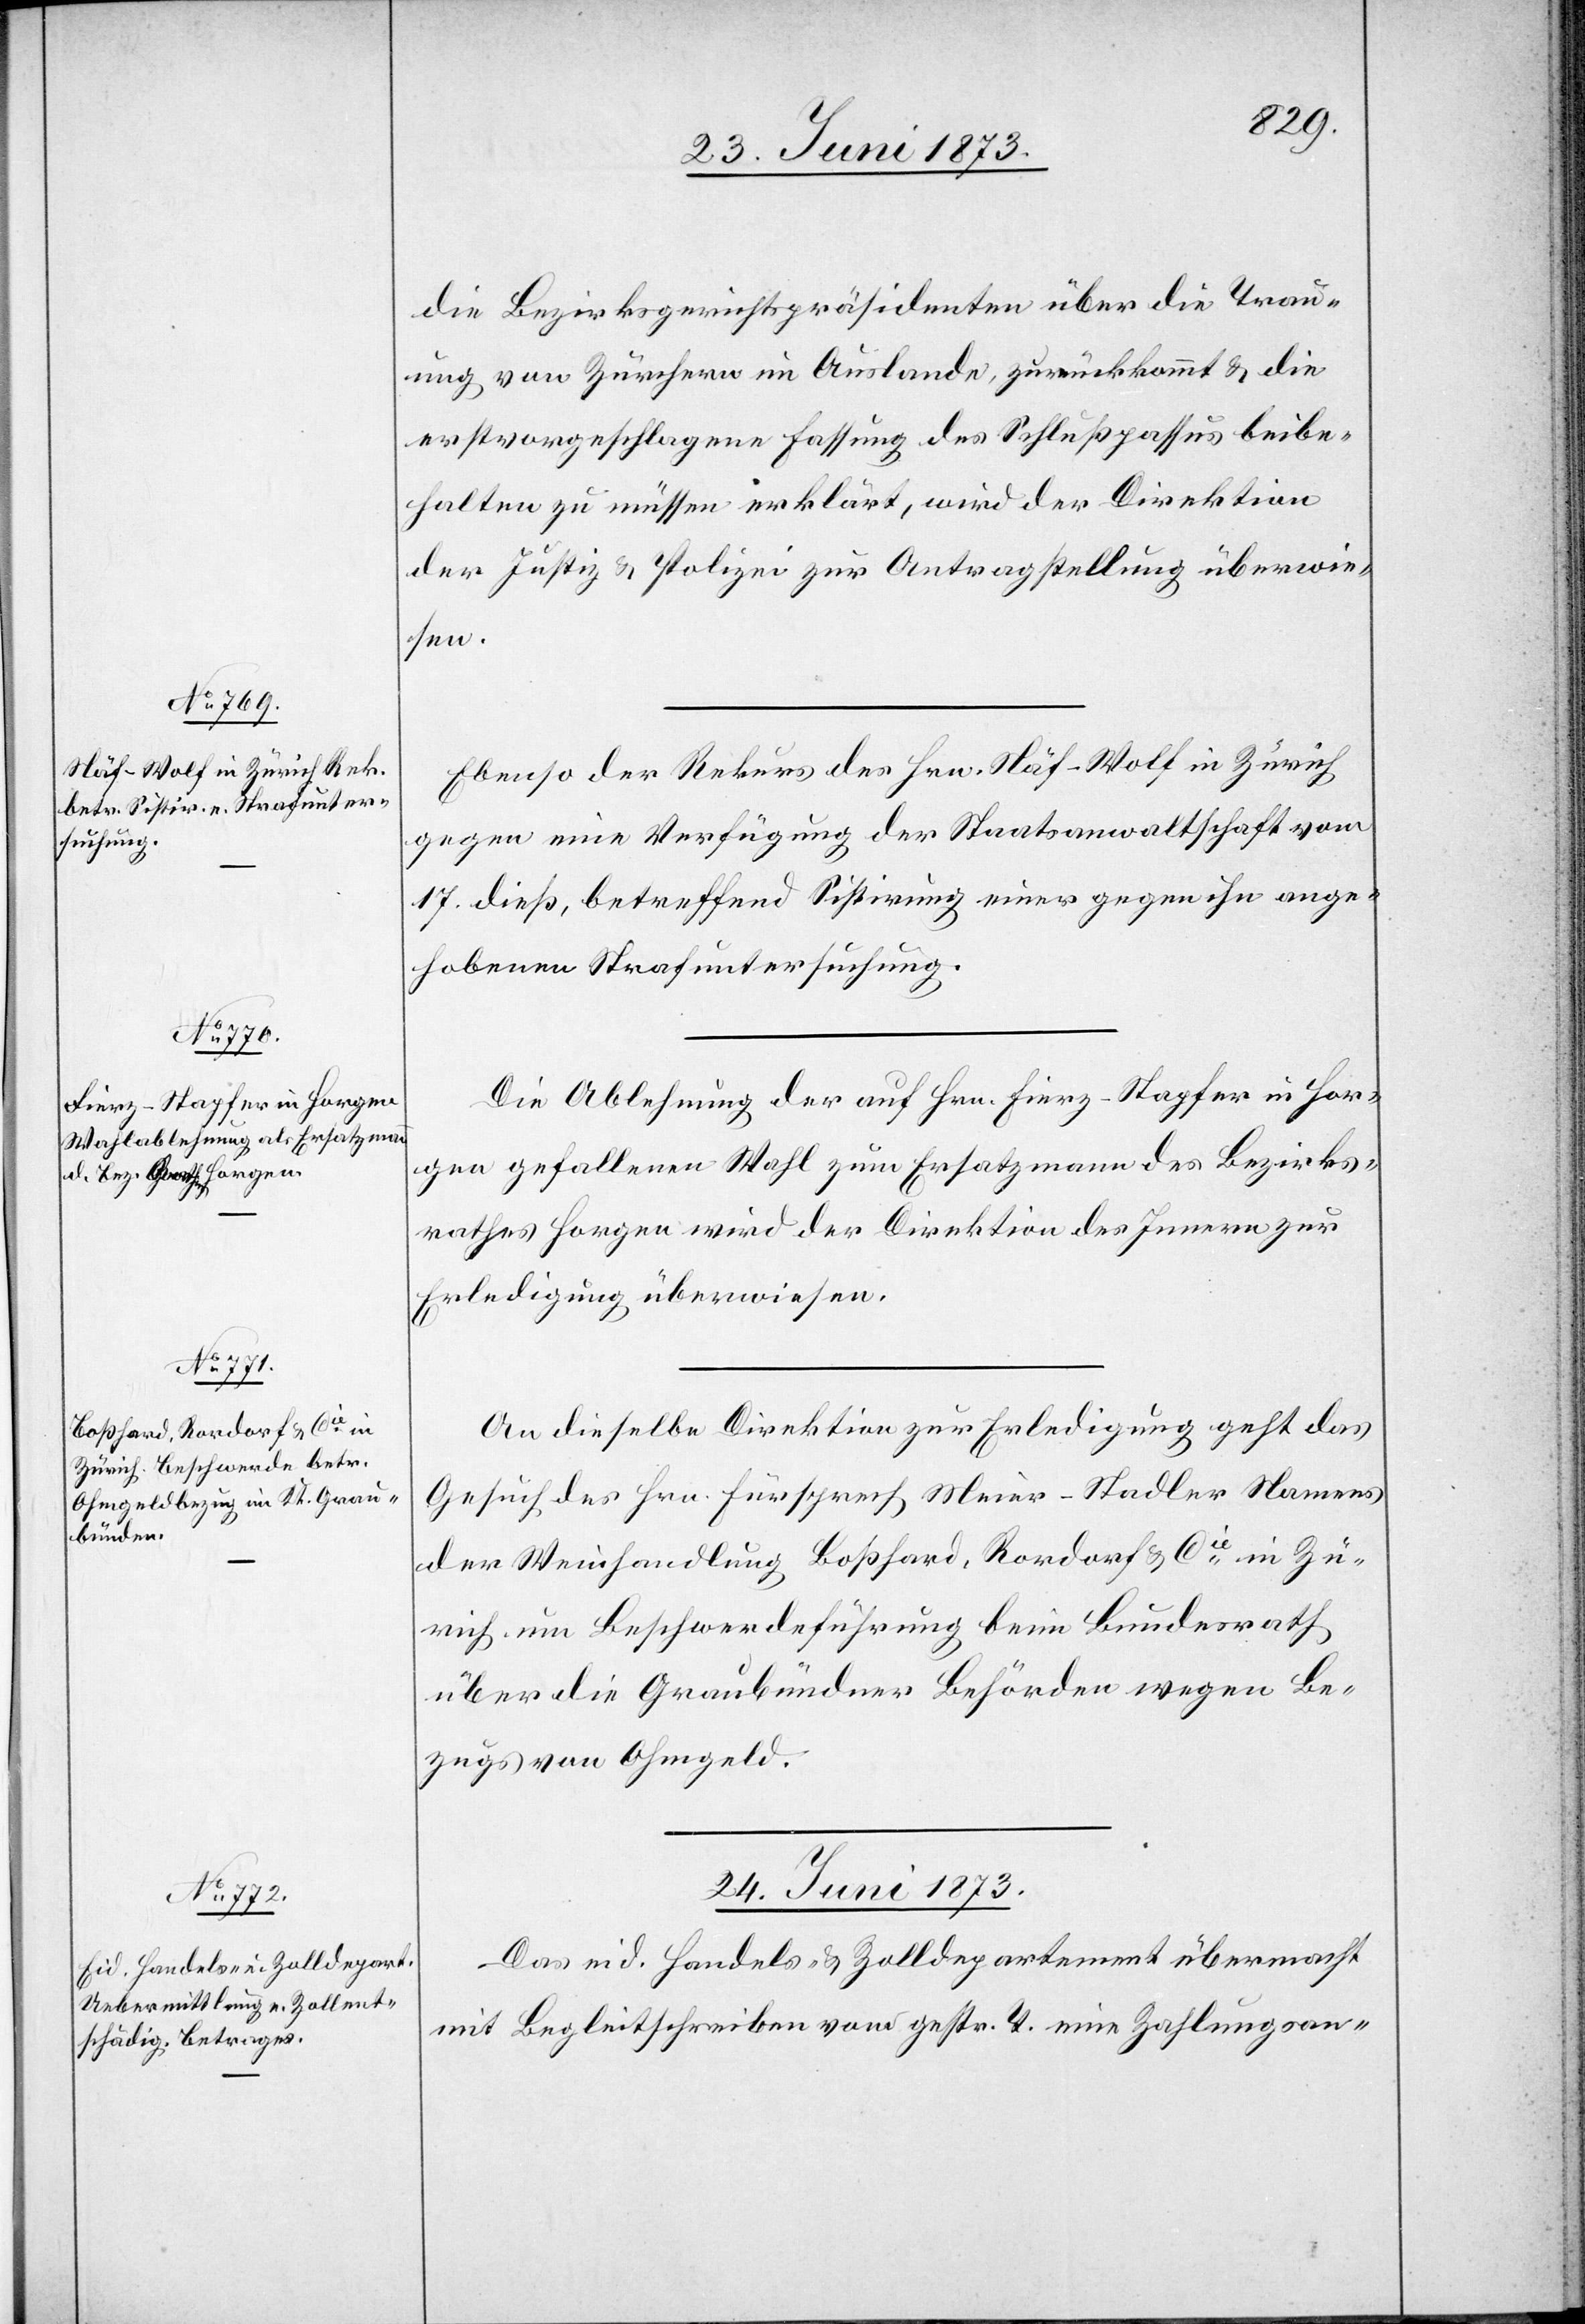
23. Juni 1873.]
die Bezirksgerichtspräsidenten über die Trau¬
ung von Zürchern im Auslande, zurückkommt & die
erstvorgeschlagene Fassung des Schlußpassus beibe¬
halten zu müssen erklärt, wird der Direktion
der Justiz & Polizei zur Antragstellung überwie¬
sen.
Ebenso der Rekurs des Hrn. Näf-Wolf in Zürich
gegen eine Verfügung der Staatsanwaltschaft vom
17. dieß, betreffend Sistirung einer gegen ihn ange¬
hobenen Strafuntersuchung.
Die Ablehnung der auf Hrn. Fierz-Stapfer in Hor¬
gen gefallenen Wahl zum Ersatzmann des Bezirks¬
rathes Horgen wird der Direktion des Innern zur
Erledigung überwiesen.
An dieselbe Direktion zur Erledigung geht das
Gesuch des Hrn. Fürsprech Meier-Stadler Namens
der Weinhandlung Boßhard, Rordorf & Cie in Zü¬
rich um Beschwerdeführung beim Bundesrath
über die Graubündner Behörden wegen Be¬
zugs von Ohmgeld.
24. Juni 1873.
Das eid. Handels- & Zolldepartement übermacht
mit Begleitschreiben vom gestr. T. eine Zahlungsan-